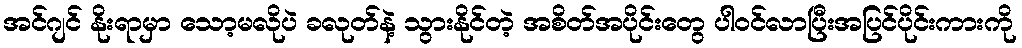
အင်ဂျင် နိုးရာမှာ သော့မလိုပဲ ခလုတ်နဲ့ သွားနိုင်တဲ့ အစိတ်အပိုင်းတွေ ပါဝင်လာပြီးအပြင်ပိုင်းကားကို